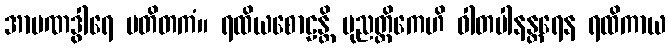
အာပဏဒွါရေ ပတိတကံ။ ရထိယစောဠန္တိ ပုညတ္ထိကေဟိ ဝါတပါနန္တရေန ရထိကာယ